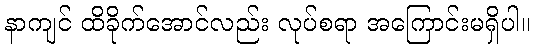
နာကျင် ထိခိုက်အောင်လည်း လုပ်စရာ အကြောင်းမရှိပါ။